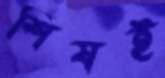
শিষই